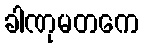
ခါဏုမတကေ